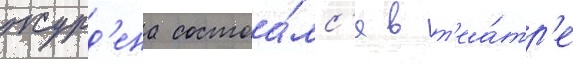
журд'ена состоа́лс'я в т'еа́тр'е